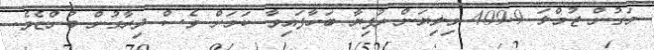
މަގުން ޖުމްލަ 409.9 މިލިޔަން ރުފިޔާ ބަހާފައިވާ ކަމަށް ވެސް ދިރާގުން ބުންޏެވެ.